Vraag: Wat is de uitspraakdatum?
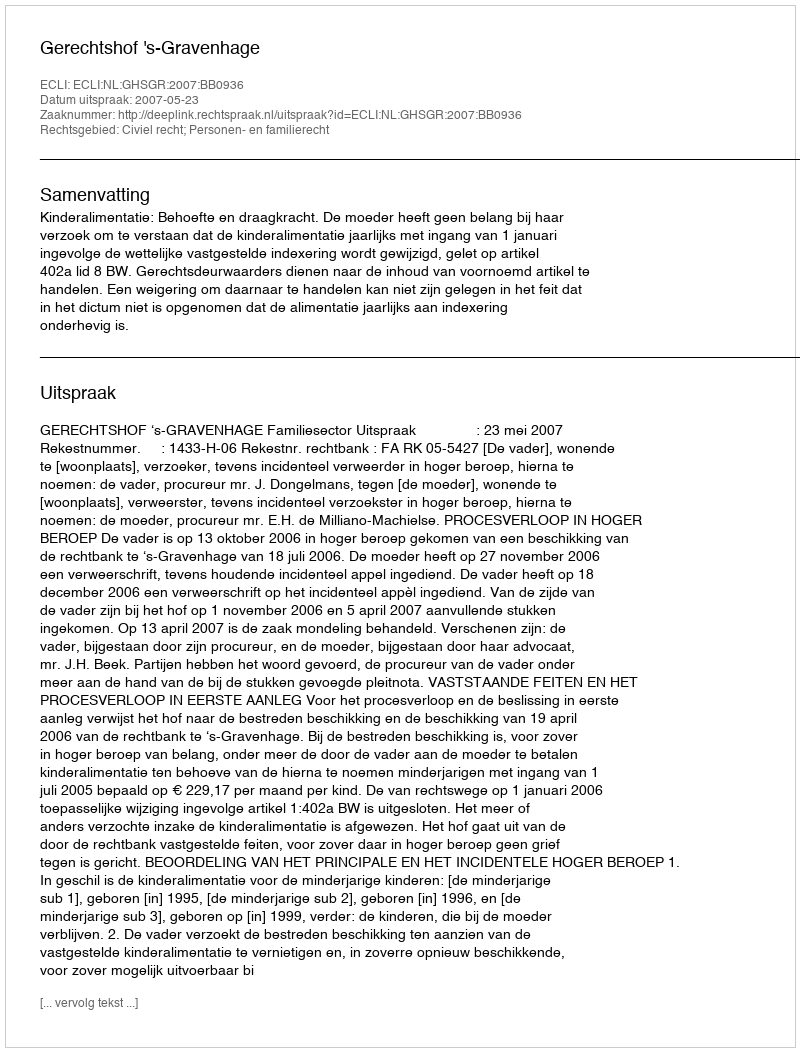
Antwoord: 2007-05-23